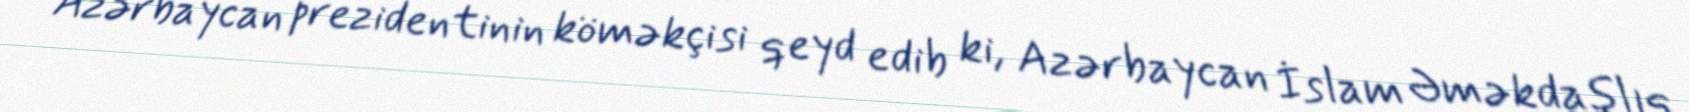
Azərbaycan prezidentinin köməkçisi qeyd edib ki, Azərbaycan İslam Əməkdaşlıq